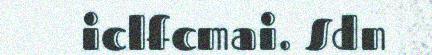
iclfcmai. Sdn